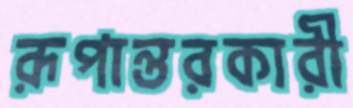
রূপান্তরকারী